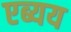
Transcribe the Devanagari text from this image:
एब्यय